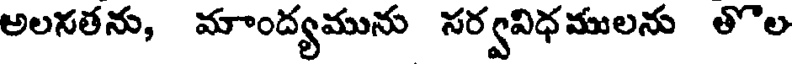
అలనతను, మాంద్యమును సర్వవిధ ములను తొల